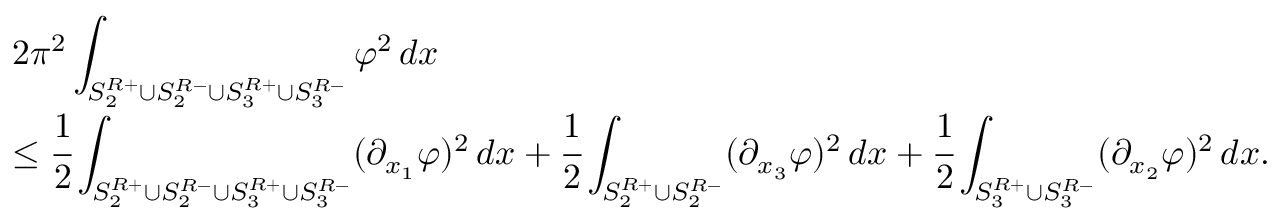
\begin{array} { l } { \displaystyle 2 \pi ^ { 2 } \int _ { S _ { 2 } ^ { R + } \cup S _ { 2 } ^ { R - } \cup S _ { 3 } ^ { R + } \cup S _ { 3 } ^ { R - } } \varphi ^ { 2 } \, d x } \\ { \displaystyle \le \cfrac { 1 } { 2 } \int _ { S _ { 2 } ^ { R + } \cup S _ { 2 } ^ { R - } \cup S _ { 3 } ^ { R + } \cup S _ { 3 } ^ { R - } } ( \partial _ { x _ { 1 } } \varphi ) ^ { 2 } \, d x + \cfrac { 1 } { 2 } \int _ { S _ { 2 } ^ { R + } \cup S _ { 2 } ^ { R - } } ( \partial _ { x _ { 3 } } \varphi ) ^ { 2 } \, d x + \cfrac { 1 } { 2 } \int _ { S _ { 3 } ^ { R + } \cup S _ { 3 } ^ { R - } } ( \partial _ { x _ { 2 } } \varphi ) ^ { 2 } \, d x . } \end{array}